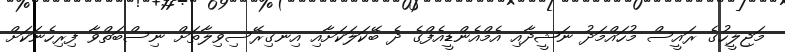
މަޖިލީހުގެ ރައީސް މުހައްމަދު ނަޝީދާއި އެމްއެންޑީއެފްގެ ދެ ބޭކަލަކަށާއި އިނގިރޭސިވިލާތަށް ނިސްބަތްވާ ފިރިހެނަކަށް